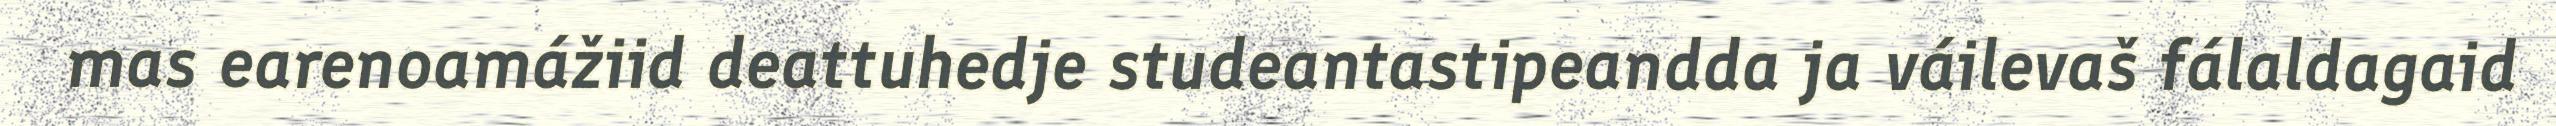
mas earenoamážiid deattuhedje studeantastipeandda ja váilevaš fálaldagaid